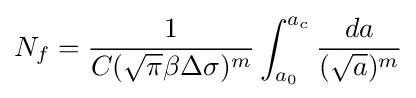
N_{f}={\frac {1}{C({\sqrt {\pi }}\beta \Delta \sigma )^{m}}}\int _{a_{0}}^{a_{c}}{\frac {da}{({\sqrt {a}})^{m}}}